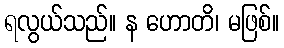
ရလွယ်သည်။ န ဟောတိ၊ မဖြစ်။